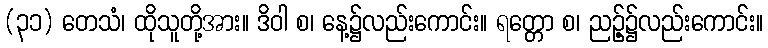
(၃၁) တေသံ၊ ထိုသူတို့အား။ ဒိဝါ စ၊ နေ့၌လည်းကောင်း။ ရတ္တော စ၊ ညဉ့်၌လည်းကောင်း။